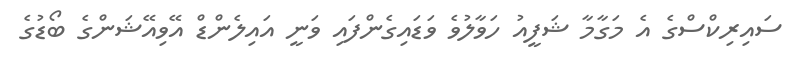
ސައިރިކްސްގެ އެ މަގާމާ ޝަފީއު ހަވާލުވެ ވަޑައިގެންފައި ވަނީ އައިލެންޑް އޭވިއޭޝަންގެ ބޯޑުގެ